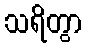
သရိတွာ